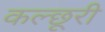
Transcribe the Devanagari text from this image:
कल्छूरी